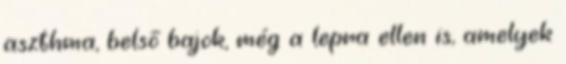
aszthma, belső bajok, még a lepra ellen is, amelyek